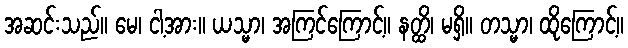
အဆင်းသည်။ မေ၊ ငါ့အား။ ယသ္မာ၊ အကြင်ကြောင့်။ နတ္ထိ၊ မရှိ။ တသ္မာ၊ ထိုကြောင့်။